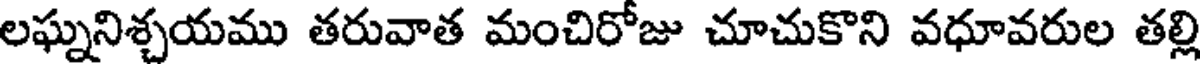
లఘ్ననిశ్చయము తరువాత మంచిరోజు చూచుకొని వధూవరుల తల్లి